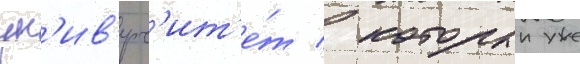
ун'ив'ерс'ит'е́т / которыи уже